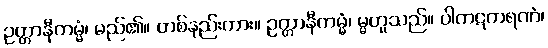
ဥတ္တာနီကမ္မံ၊ မည်၏။ တစ်နည်းကား။ ဥတ္တာနီကမ္မံ၊ မ္မဟူသည်။ ပါကဋကရဏံ၊